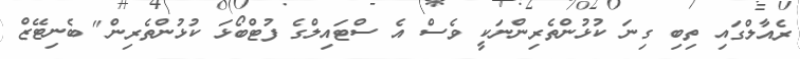
ރެއާލްގައި ތިބި ގިނަ ކުޅުންތެރިންނަކީ ވެސް އެ ސްޓައިލްގެ ފުޓްބޯޅަ ކުޅުންތެރިން" ބެނިޓޭޒް